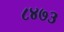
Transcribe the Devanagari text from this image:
८४७३